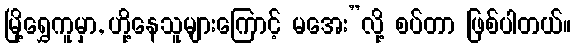
မြို့ရွှေကူမှာ, ဟို့နေသူများကြောင့် မအေး”လို့ စပ်တာ ဖြစ်ပါတယ်။